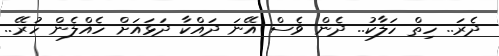
ދެރަ.. ހިތް ހަލާކު.. ދެން ވެސް އޭނަ ދައްކާ ދަޅައަށް ހެއްލެން ހުރޭ..